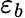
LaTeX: \varepsilon_{b}